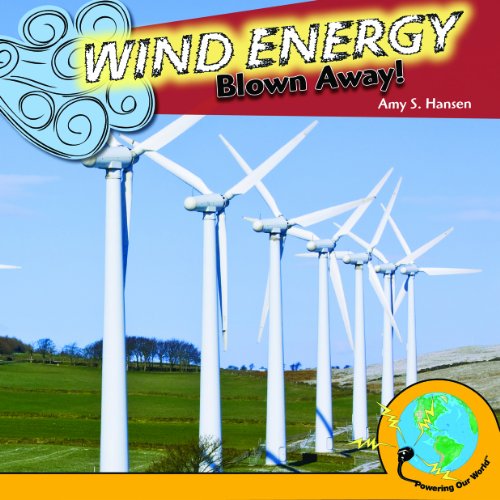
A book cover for Wind Energy: Blown Away! (Powering Our World); Amy S. Hansen; Children's Books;